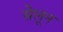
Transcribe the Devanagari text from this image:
सेलून